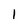
Character: I